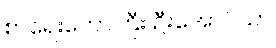
စာရေးတော်ကြီး ဦးအောင်သာ